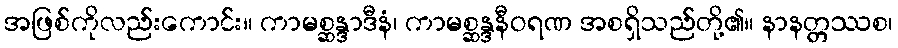
အဖြစ်ကိုလည်းကောင်း။ ကာမစ္ဆန္ဒာဒီနံ၊ ကာမစ္ဆန္ဒနီဝရဏ အစရှိသည်တို့၏။ နာနတ္တဿစ၊